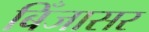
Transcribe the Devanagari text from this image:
बिँजासर